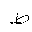
Letter: _da